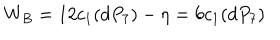
W _ { B } = 1 2 c _ { 1 } ( d P _ { 7 } ) - \eta = 6 c _ { 1 } ( d P _ { 7 } )